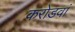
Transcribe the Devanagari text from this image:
करोडवां